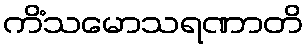
ကိံသမောသရဏာတိ